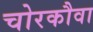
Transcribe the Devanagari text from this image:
चोरकौवा